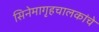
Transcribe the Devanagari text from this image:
सिनेमागृहचालकांचे